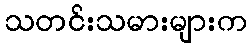
သတင်းသမားများက